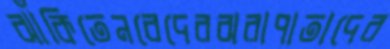
ঝাঁকিতেনবেদেরঝরাপাতাদের